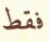
فقط